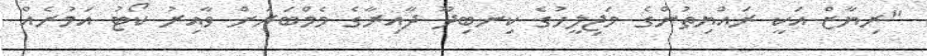
"ރިޔާޒް އަކީ ރައްޔިތުންގެ މަޖިލީހުގެ ކިނބިދޫ ދާއިރާގެ މެމްބަރަށް ވާއިރު ކޯޓު އަމުރެއް